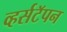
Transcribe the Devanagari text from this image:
व्हर्सटॅपन